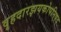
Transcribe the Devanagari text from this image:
वृहदारझयकोपनिषद